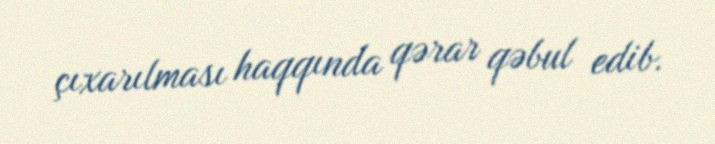
çıxarılması haqqında qərar qəbul edib.